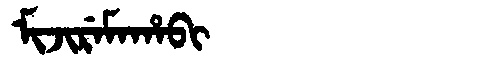
Manchu: ᠮᡳᠵᡳᡵᡝᠮᠠᡥᠠᠪᡳ
Romanization: MIJIREMAHABI